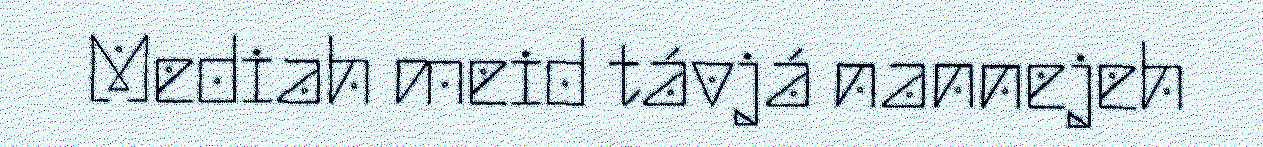
Mediah meid távjá nannejeh